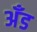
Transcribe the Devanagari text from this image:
अँड